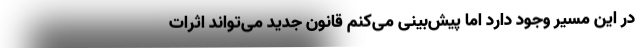
در این مسیر وجود دارد اما پیش‌بینی می‌کنم قانون جدید می‌تواند اثرات